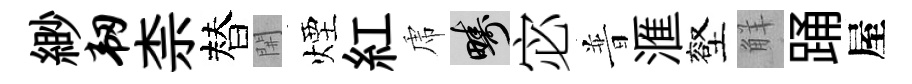
緲韧柰替𨳩煙紅虎疇宓普滙壑觧踊屋